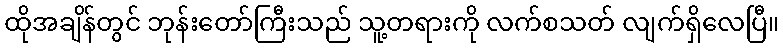
ထိုအချိန်တွင် ဘုန်းတော်ကြီးသည် သူ့တရားကို လက်စသတ် လျက်ရှိလေပြီ။